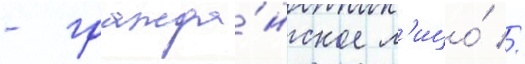
- гражда́нское л'ицо́ //